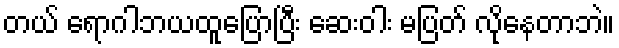
တယ် ရောဂါဘယထူပြောပြီး ဆေးဝါး မပြတ် လိုနေတာဘဲ။